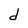
Character: d